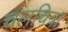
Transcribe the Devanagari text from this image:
चलचित्रा